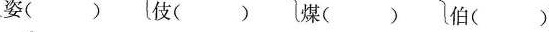
姿（） 伎（） 煤（） 伯（）